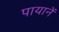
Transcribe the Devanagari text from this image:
पायानें